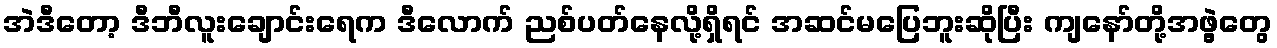
အဲဒီတော့ ဒီဘီလူးချောင်းရေက ဒီလောက် ညစ်ပတ်နေလို့ရှိရင် အဆင်မပြေဘူးဆိုပြီး ကျနော်တို့အဖွဲ့တွေ